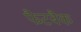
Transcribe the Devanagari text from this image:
फैटबैक